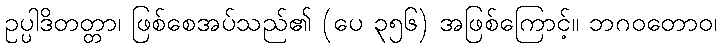
ဥပ္ပါဒိတတ္တာ၊ ဖြစ်စေအပ်သည်၏ (ပေ ၃၅၆) အဖြစ်ကြောင့်။ ဘဂဝတောဝ၊